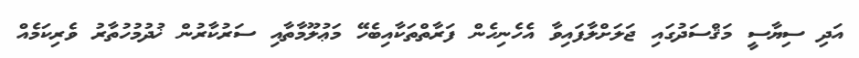
އަދި ސިޔާސީ މަޤްސަދުގައި ޖަލަށްލާފައިވާ އެހެނިހެން ފަރާތްތަކާއިބެހޭ މަޢުލޫމާތާއި ސަރުކާރުން ޚުދުމުހުތާރު ވެރިކަމެއް